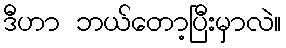
ဒီဟာ ဘယ်တော့ပြီးမှာလဲ။